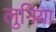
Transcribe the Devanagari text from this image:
लुनिया